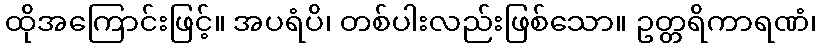
ထိုအကြောင်းဖြင့်။ အပရံပိ၊ တစ်ပါးလည်းဖြစ်သော။ ဥတ္တရိကာရဏံ၊